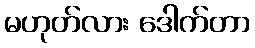
မဟုတ်လား ဒေါက်တာ